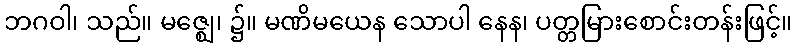
ဘဂဝါ၊ သည်။ မဇ္ဈေ၊ ၌။ မဏိမယေန သောပါ နေန၊ ပတ္တမြားစောင်းတန်းဖြင့်။